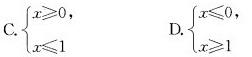
C.$$\begin{cases} x \geqslant 0, \\\\ x \leqslant 1 \end{cases}$$ $$D.$$ \begin{cases} x \leqslant 0, \\\\ x \geqslant 1 \end{cases}$$